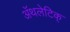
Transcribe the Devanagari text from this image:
अॅथलेटिक्